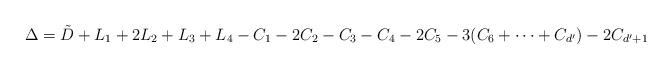
LaTeX: \begin{align*}\Delta = \tilde{D} + L_1 + 2 L_2 + L_3 + L_4 - C_1 - 2 C_2 - C_3 - C_4 - 2 C_5 - 3 (C_6 + \cdots + C_{d'}) - 2 C_{d'+1}\end{align*}